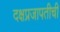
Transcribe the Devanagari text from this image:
दक्षप्रजापतीची